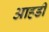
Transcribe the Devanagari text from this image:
आहडी